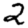
Digit: 2